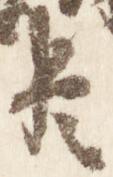
臣